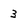
Character: 3